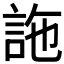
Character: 𧦧